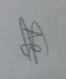
Signature authenticity: genuine